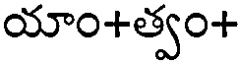
యాం+త్వం+